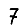
Digit: 7